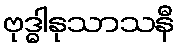
ဗုဒ္ဓါနုသာသနီ